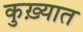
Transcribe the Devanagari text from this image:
कुख़्यात